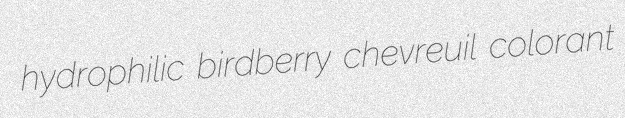
hydrophilic birdberry chevreuil colorant